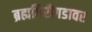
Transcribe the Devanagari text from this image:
ब्रह्मगिरीगडावर